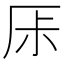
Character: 𠩏